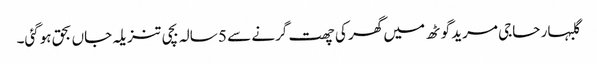
گلبہار حاجی مرید گوٹھ میں گھر کی چھت گرنے سے 5 سالہ بچی تنزیلہ جاں بحق ہوگئی۔